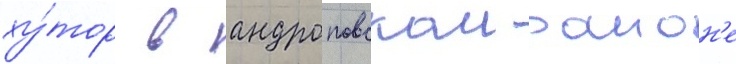
ху́тор в андроповском раион'е